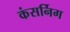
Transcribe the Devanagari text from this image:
कंसर्निग